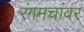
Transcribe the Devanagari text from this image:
रंगमचांवर